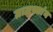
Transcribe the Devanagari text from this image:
ग्रामस्तांन